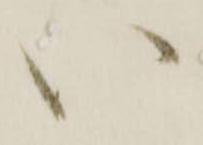
い